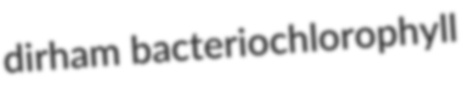
dirham bacteriochlorophyll